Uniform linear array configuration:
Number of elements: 8
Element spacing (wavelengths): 0.75
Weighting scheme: blackman
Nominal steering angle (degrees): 45
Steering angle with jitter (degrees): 46.087
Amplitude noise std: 0.05
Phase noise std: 0.05

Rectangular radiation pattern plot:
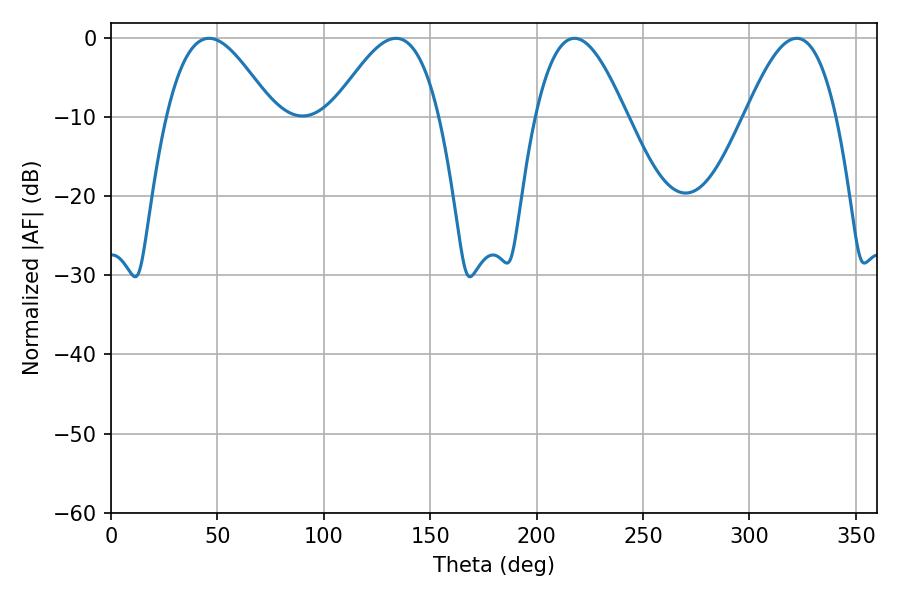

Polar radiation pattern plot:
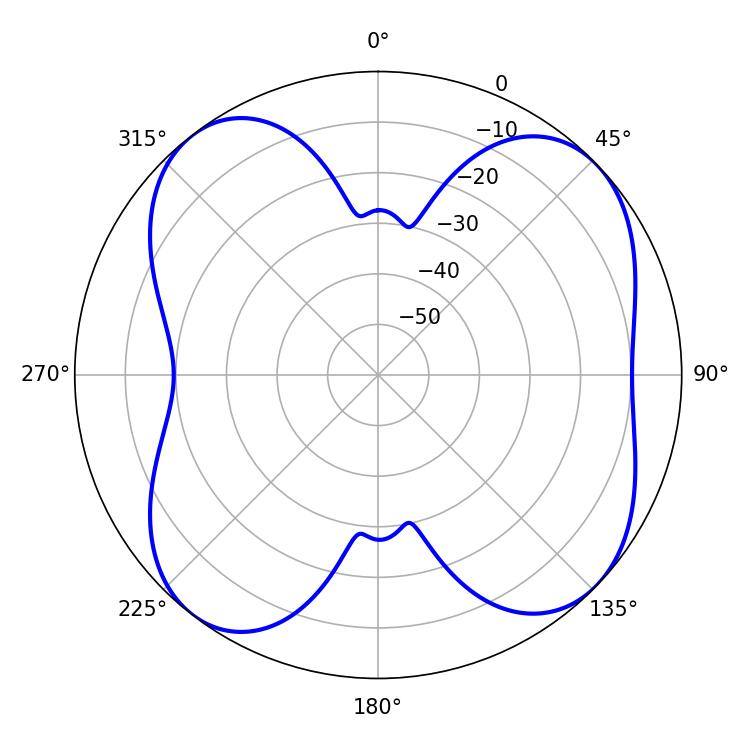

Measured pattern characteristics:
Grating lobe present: TRUE
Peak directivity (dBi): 9.224
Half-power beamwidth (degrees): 23.22
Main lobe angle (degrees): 217.8